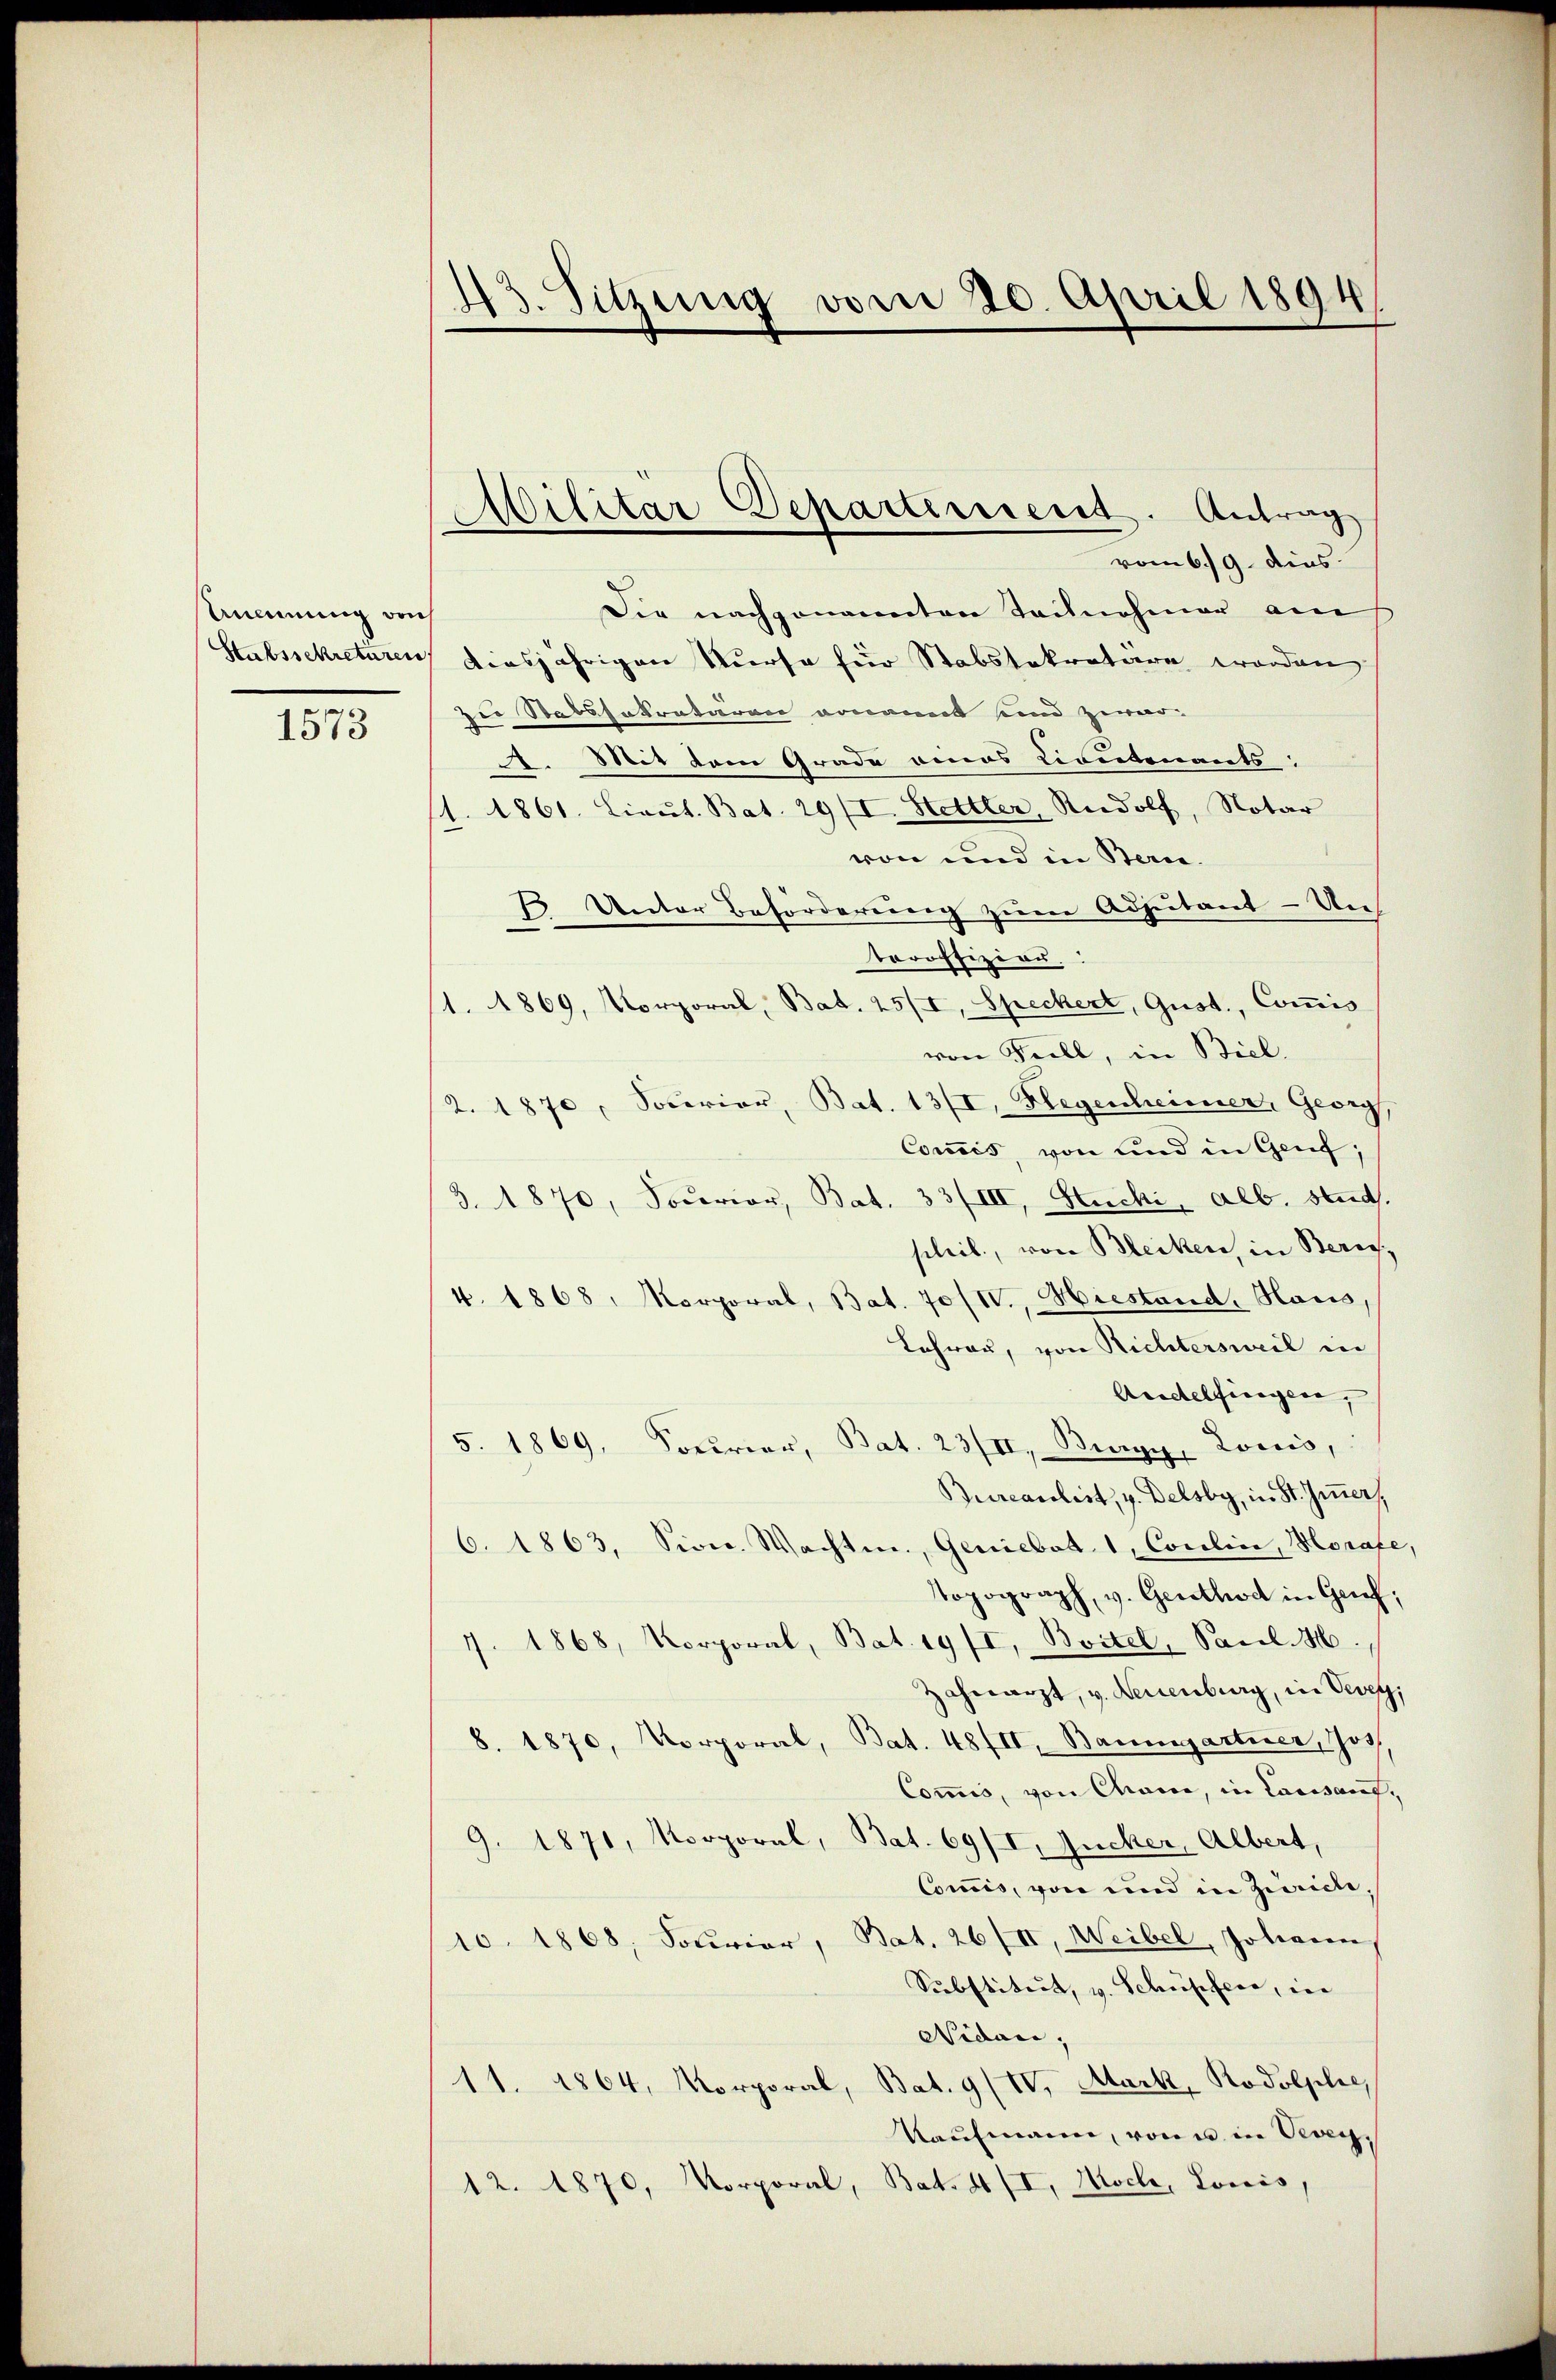
Anennung beis
Stabssekreturen

1573

43. Sitzung vom 20. April 1894

Die nachgenannten Teilnehmer am
diesjährigen Kurse für Stabstokratern worden
zu Statssekretären vonant sind zewer
2. Mit dem Grade eines Civitenants:
1. 1861. Lieŭt. Bat. 29/I. Stettler, Rudolf, Notar
von und in Bern.
1 Unter Beförderung zum Adjutant - Un
toroffizier.
1. 1869, Korporal, Bat. 25/I, Speckert, Gust., Commis
von Fall, in Biel.
2. 1870, Sonerier, Bat. 13/I, Hegenheimer, Georg,
Commis, von und in Genf;
3. 1870, Socerior, Bat. 33/III, Stucki, Alb. stud.
plril, von Bleiken, in Zürich,
4. 1868, Korporal, Bat. 70/IV., Hiestand, Haus
Lehrau, von Richtersweil in
Andelfingen,
5. 1869, Sourier, Bat. 23/II, Biegy, Locis,
Bureaulist, v. Delsby, in St. Immer,
6. 1863, Vice. Wachten, Geniebet 1, Coulin, Horafe,
Topograph, v. Gerthod in Geich;
7. 1868, Korporal, Bat. 19/I, Boitel, Pacel. H.
Zahnarzt, v. Neuenburg, in Vevey,
8. 1870, Korporal, Bat. 48fII, Baumgartner, Jos.
Commis, von Chance, in Lausang¬
9. 1871, Korporal, Bat. 69/I, Zucker, Albert,
Commis, von und in Züricle,
10. 1868, Sourier, Bat. 26/II, Weibel, Johann
Substitut, v. Schusefeer, in
Nidau,
11. 1864, Korporal, Bat. 9 (IV, Mark, Kodolphie,
Kaufmann, von in Vevey,
12. 1870, Korporal, Bat. 4 II, Nocke, Lowis,

Militär Departement. Antrag
vom 6./9. dies